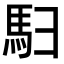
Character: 𬳨